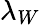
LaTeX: \lambda_{W}